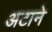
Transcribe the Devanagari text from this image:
अटाने